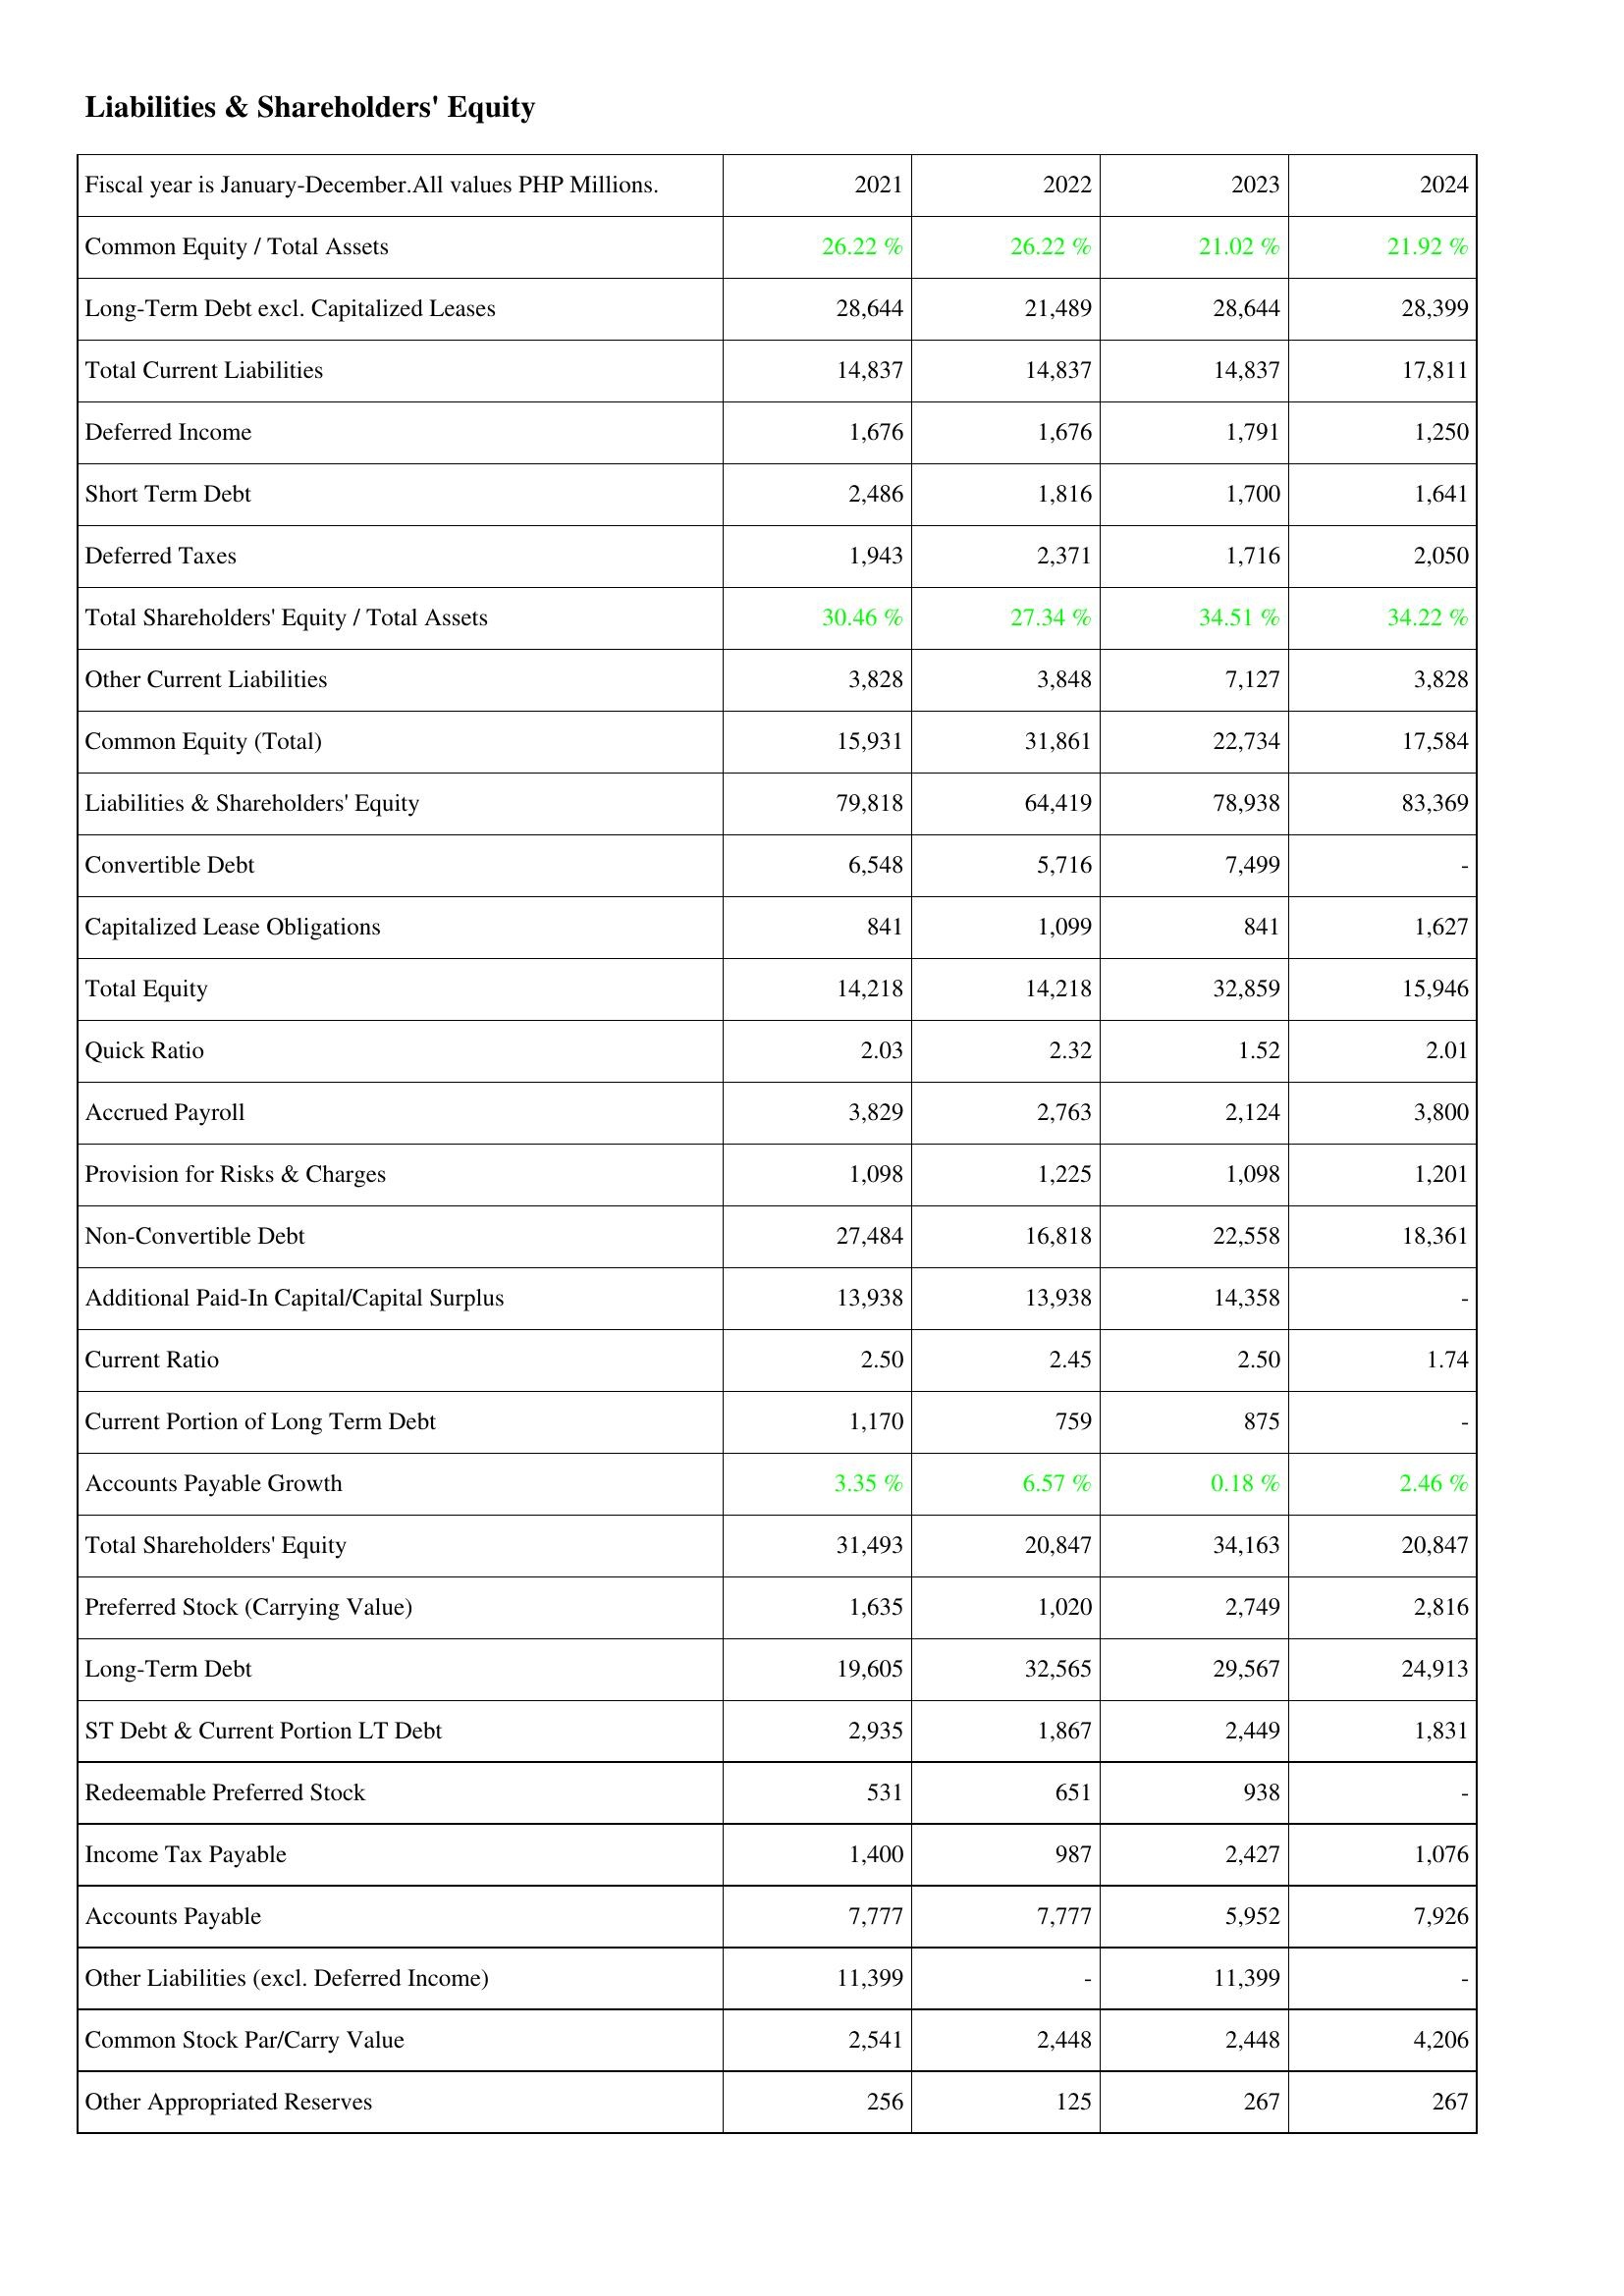
2021: Liabilities & Shareholders' Equity: Common Equity / Total Assets: 26.22 %
Long-Term Debt excl. Capitalized Leases: 28,644
Total Current Liabilities: 14,837
Deferred Income: 1,676
Short Term Debt: 2,486
Deferred Taxes: 1,943
Total Shareholders' Equity / Total Assets: 30.46 %
Other Current Liabilities: 3,828
Common Equity (Total): 15,931
Liabilities & Shareholders' Equity: 79,818
Convertible Debt: 6,548
Capitalized Lease Obligations: 841
Total Equity: 14,218
Quick Ratio: 2.03
Accrued Payroll: 3,829
Provision for Risks & Charges: 1,098
Non-Convertible Debt: 27,484
Additional Paid-In Capital/Capital Surplus: 13,938
Current Ratio: 2.50
Current Portion of Long Term Debt: 1,170
Accounts Payable Growth: 3.35 %
Total Shareholders' Equity: 31,493
Preferred Stock (Carrying Value): 1,635
Long-Term Debt: 19,605
ST Debt & Current Portion LT Debt: 2,935
Redeemable Preferred Stock: 531
Income Tax Payable: 1,400
Accounts Payable: 7,777
Other Liabilities (excl. Deferred Income): 11,399
Common Stock Par/Carry Value: 2,541
Other Appropriated Reserves: 256
2022: Liabilities & Shareholders' Equity: Common Equity / Total Assets: 26.22 %
Long-Term Debt excl. Capitalized Leases: 21,489
Total Current Liabilities: 14,837
Deferred Income: 1,676
Short Term Debt: 1,816
Deferred Taxes: 2,371
Total Shareholders' Equity / Total Assets: 27.34 %
Other Current Liabilities: 3,848
Common Equity (Total): 31,861
Liabilities & Shareholders' Equity: 64,419
Convertible Debt: 5,716
Capitalized Lease Obligations: 1,099
Total Equity: 14,218
Quick Ratio: 2.32
Accrued Payroll: 2,763
Provision for Risks & Charges: 1,225
Non-Convertible Debt: 16,818
Additional Paid-In Capital/Capital Surplus: 13,938
Current Ratio: 2.45
Current Portion of Long Term Debt: 759
Accounts Payable Growth: 6.57 %
Total Shareholders' Equity: 20,847
Preferred Stock (Carrying Value): 1,020
Long-Term Debt: 32,565
ST Debt & Current Portion LT Debt: 1,867
Redeemable Preferred Stock: 651
Income Tax Payable: 987
Accounts Payable: 7,777
Other Liabilities (excl. Deferred Income): -
Common Stock Par/Carry Value: 2,448
Other Appropriated Reserves: 125
2023: Liabilities & Shareholders' Equity: Common Equity / Total Assets: 21.02 %
Long-Term Debt excl. Capitalized Leases: 28,644
Total Current Liabilities: 14,837
Deferred Income: 1,791
Short Term Debt: 1,700
Deferred Taxes: 1,716
Total Shareholders' Equity / Total Assets: 34.51 %
Other Current Liabilities: 7,127
Common Equity (Total): 22,734
Liabilities & Shareholders' Equity: 78,938
Convertible Debt: 7,499
Capitalized Lease Obligations: 841
Total Equity: 32,859
Quick Ratio: 1.52
Accrued Payroll: 2,124
Provision for Risks & Charges: 1,098
Non-Convertible Debt: 22,558
Additional Paid-In Capital/Capital Surplus: 14,358
Current Ratio: 2.50
Current Portion of Long Term Debt: 875
Accounts Payable Growth: 0.18 %
Total Shareholders' Equity: 34,163
Preferred Stock (Carrying Value): 2,749
Long-Term Debt: 29,567
ST Debt & Current Portion LT Debt: 2,449
Redeemable Preferred Stock: 938
Income Tax Payable: 2,427
Accounts Payable: 5,952
Other Liabilities (excl. Deferred Income): 11,399
Common Stock Par/Carry Value: 2,448
Other Appropriated Reserves: 267
2024: Liabilities & Shareholders' Equity: Common Equity / Total Assets: 21.92 %
Long-Term Debt excl. Capitalized Leases: 28,399
Total Current Liabilities: 17,811
Deferred Income: 1,250
Short Term Debt: 1,641
Deferred Taxes: 2,050
Total Shareholders' Equity / Total Assets: 34.22 %
Other Current Liabilities: 3,828
Common Equity (Total): 17,584
Liabilities & Shareholders' Equity: 83,369
Convertible Debt: -
Capitalized Lease Obligations: 1,627
Total Equity: 15,946
Quick Ratio: 2.01
Accrued Payroll: 3,800
Provision for Risks & Charges: 1,201
Non-Convertible Debt: 18,361
Additional Paid-In Capital/Capital Surplus: -
Current Ratio: 1.74
Current Portion of Long Term Debt: -
Accounts Payable Growth: 2.46 %
Total Shareholders' Equity: 20,847
Preferred Stock (Carrying Value): 2,816
Long-Term Debt: 24,913
ST Debt & Current Portion LT Debt: 1,831
Redeemable Preferred Stock: -
Income Tax Payable: 1,076
Accounts Payable: 7,926
Other Liabilities (excl. Deferred Income): -
Common Stock Par/Carry Value: 4,206
Other Appropriated Reserves: 267